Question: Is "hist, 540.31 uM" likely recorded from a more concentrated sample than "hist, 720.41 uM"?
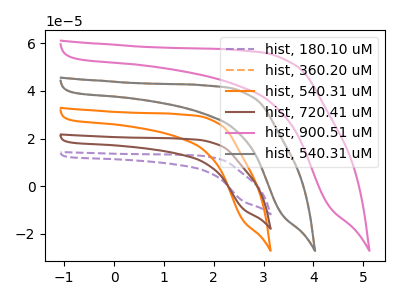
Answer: <think>The purple dashed curve "hist, 180.10 uM" has no peaks. The orange dashed curve "hist, 360.20 uM" has no peaks. The orange curve "hist, 540.31 uM" has no peaks. The brown curve "hist, 720.41 uM" has no peaks. The pink curve "hist, 900.51 uM" has no peaks. The gray curve "hist, 540.31 uM" has no peaks.
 Neither "hist, 540.31 uM" or "hist, 720.41 uM" have any peaks.</think>
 <answer>I cant tell if "hist, 540.31 uM" or "hist, 720.41 uM" has more signal.</answer>
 <eval>mixed_signal</eval>